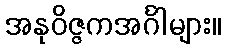
အနုဝိဇ္ဇကအင်္ဂါများ။